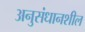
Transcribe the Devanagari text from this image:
अनुसंधानशील